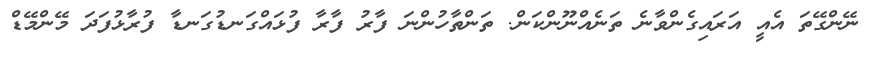
ނޭންގޭތަ އެއީ އަރައިގެންވާނެ ތަނެއްނޫންކަން. ތަންތާހުންނަ ފާރު ފާރާ ފުޅައްގަނޑުގަނޑާ ފުރާޅުފަދަ މޭންމޭޑް